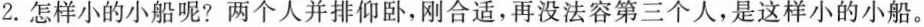
2. 怎样小的小船呢?两个人并排仰卧，刚合适，再没法容第三个人，是这样小的小船。